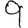
Digit: 9